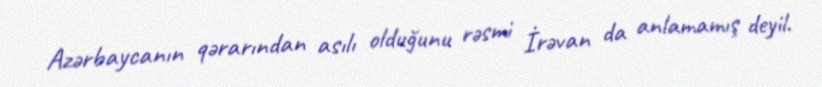
Azərbaycanın qərarından asılı olduğunu rəsmi İrəvan da anlamamış deyil.